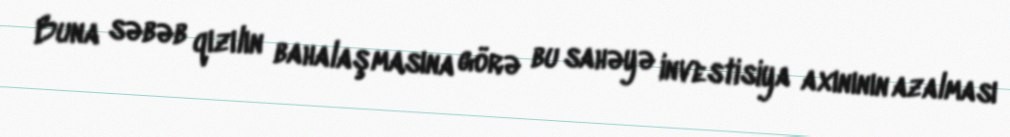
Buna səbəb qızılın bahalaşmasına görə bu sahəyə investisiya axınının azalması